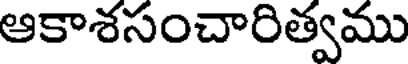
ఆకాశసంచారిత్వము